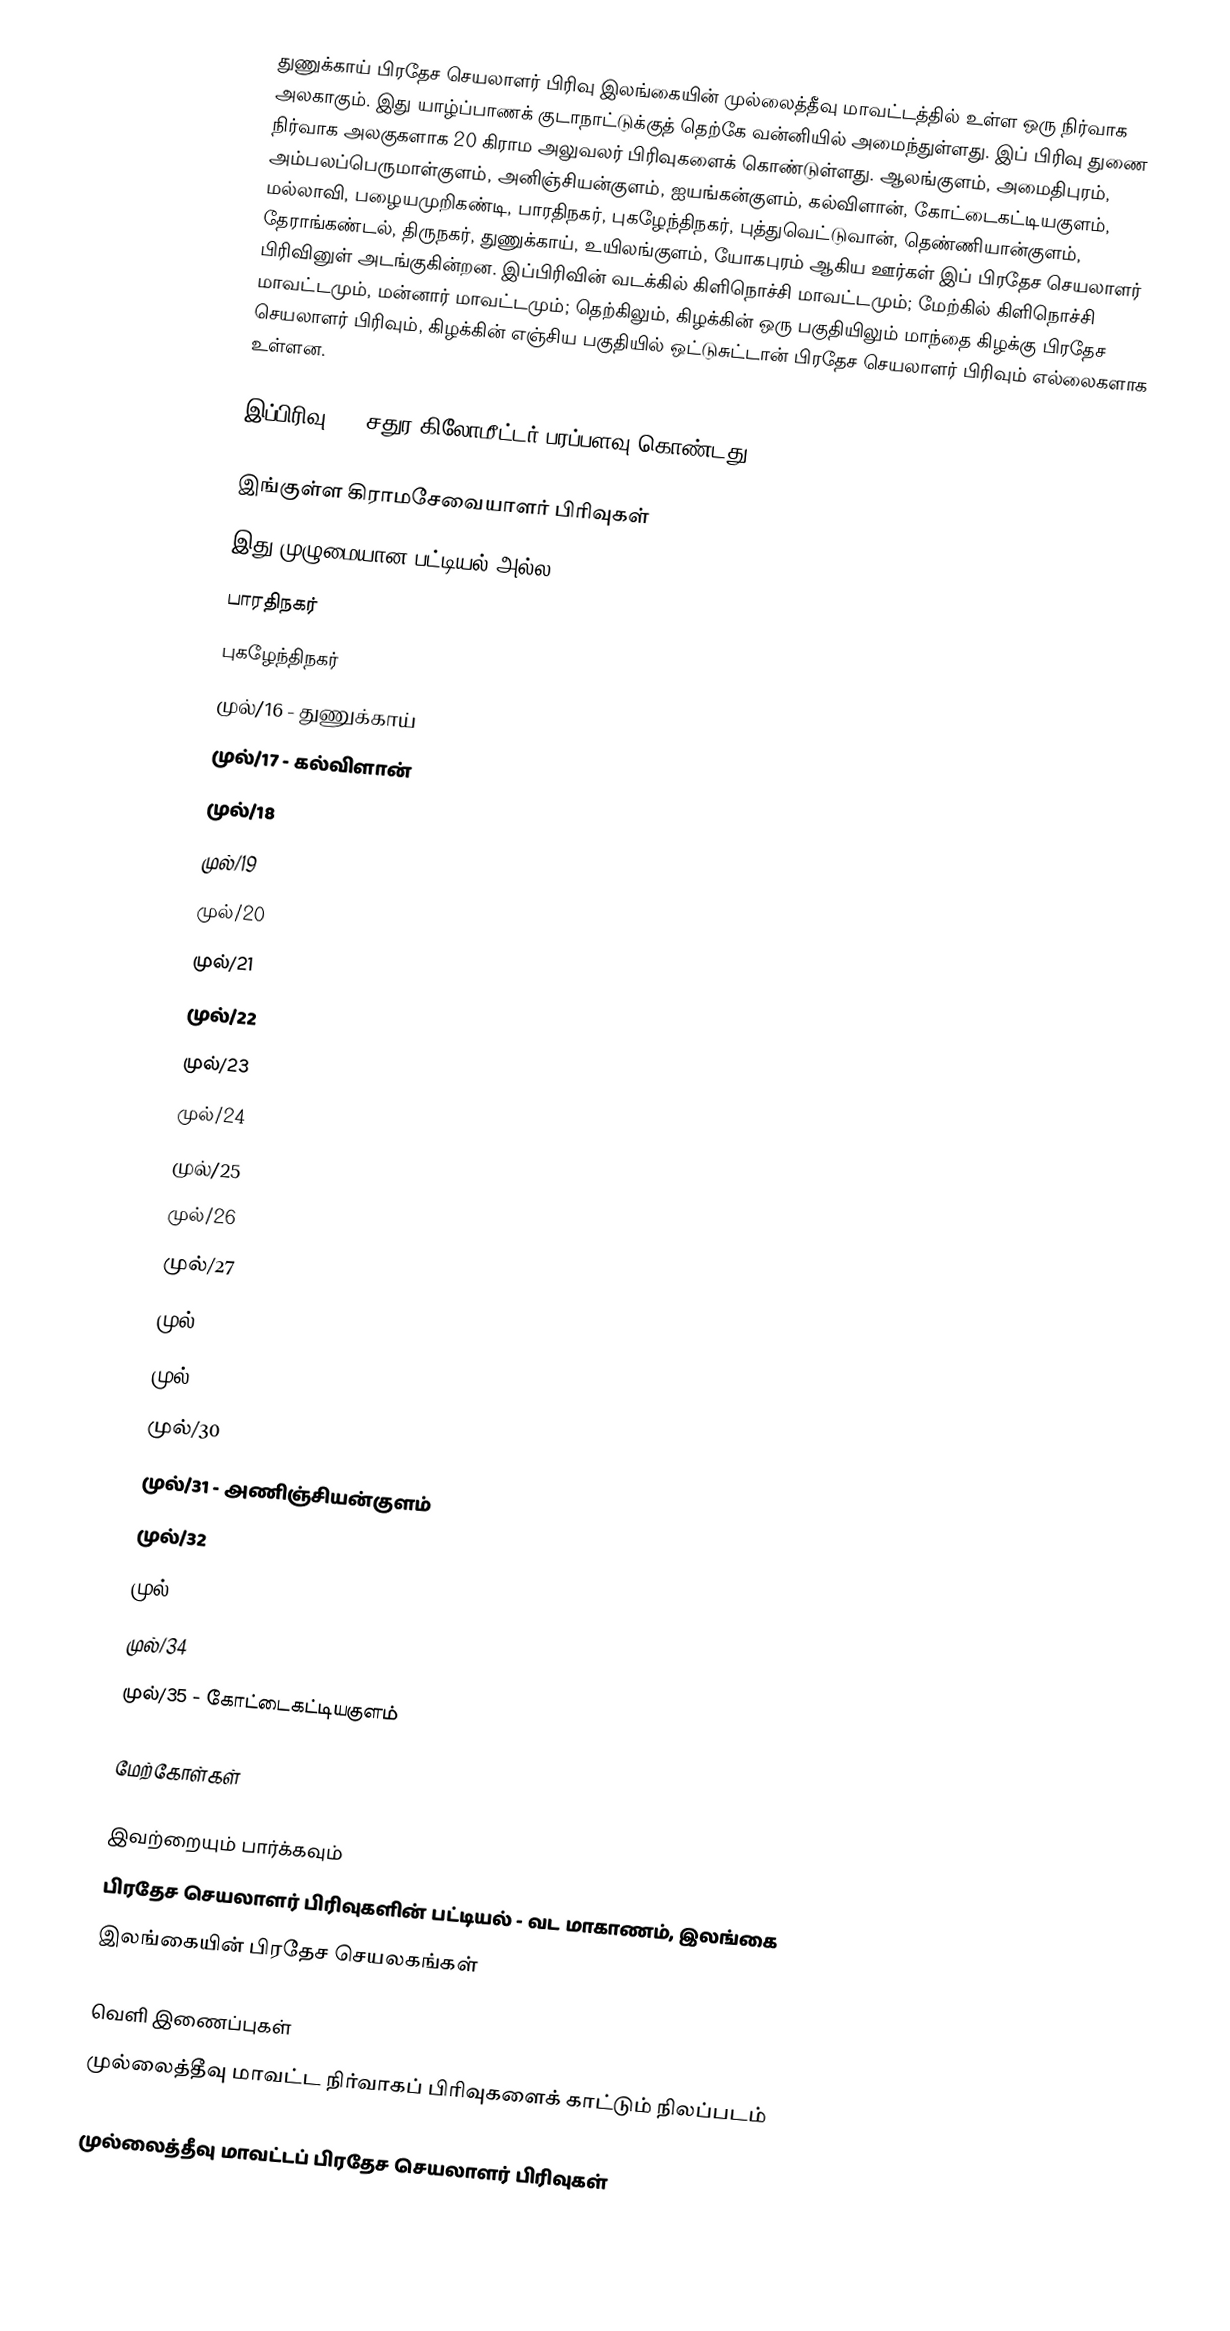
துணுக்காய் பிரதேச செயலாளர் பிரிவு இலங்கையின் முல்லைத்தீவு மாவட்டத்தில் உள்ள ஒரு நிர்வாக அலகாகும். இது யாழ்ப்பாணக் குடாநாட்டுக்குத் தெற்கே வன்னியில் அமைந்துள்ளது. இப் பிரிவு துணை நிர்வாக அலகுகளாக 20 கிராம அலுவலர் பிரிவுகளைக் கொண்டுள்ளது. ஆலங்குளம், அமைதிபுரம், அம்பலப்பெருமாள்குளம், அனிஞ்சியன்குளம், ஐயங்கன்குளம், கல்விளான், கோட்டைகட்டியகுளம், மல்லாவி, பழையமுறிகண்டி, பாரதிநகர், புகழேந்திநகர், புத்துவெட்டுவான், தெண்ணியான்குளம், தேராங்கண்டல், திருநகர், துணுக்காய், உயிலங்குளம், யோகபுரம் ஆகிய ஊர்கள் இப் பிரதேச செயலாளர் பிரிவினுள் அடங்குகின்றன. இப்பிரிவின் வடக்கில் கிளிநொச்சி மாவட்டமும்; மேற்கில் கிளிநொச்சி மாவட்டமும், மன்னார் மாவட்டமும்; தெற்கிலும், கிழக்கின் ஒரு பகுதியிலும் மாந்தை கிழக்கு பிரதேச செயலாளர் பிரிவும், கிழக்கின் எஞ்சிய பகுதியில்  ஒட்டுசுட்டான் பிரதேச செயலாளர் பிரிவும் எல்லைகளாக உள்ளன.

இப்பிரிவு 329 சதுர கிலோமீட்டர் பரப்பளவு கொண்டது.

இங்குள்ள கிராமசேவையாளர் பிரிவுகள்
இது முழுமையான பட்டியல் அல்ல.
பாரதிநகர்
புகழேந்திநகர்
முல்/16 - துணுக்காய்
முல்/17 - கல்விளான்
முல்/18
முல்/19
முல்/20
முல்/21
முல்/22
முல்/23
முல்/24
முல்/25
முல்/26
முல்/27
முல்/28
முல்/29
முல்/30
முல்/31 - அணிஞ்சியன்குளம்
முல்/32
முல்/33
முல்/34
முல்/35 - கோட்டைகட்டியகுளம்

மேற்கோள்கள்

இவற்றையும் பார்க்கவும்
 பிரதேச செயலாளர் பிரிவுகளின் பட்டியல் - வட மாகாணம், இலங்கை
 இலங்கையின் பிரதேச செயலகங்கள்

வெளி இணைப்புகள்
 முல்லைத்தீவு மாவட்ட நிர்வாகப் பிரிவுகளைக் காட்டும் நிலப்படம்

முல்லைத்தீவு மாவட்டப் பிரதேச செயலாளர் பிரிவுகள்